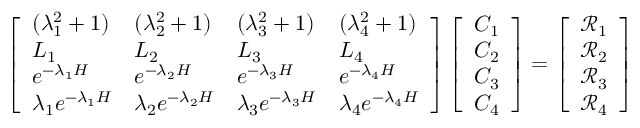
\left[ \begin{array} { l l l l } { ( \lambda _ { 1 } ^ { 2 } + 1 ) } & { ( \lambda _ { 2 } ^ { 2 } + 1 ) } & { ( \lambda _ { 3 } ^ { 2 } + 1 ) } & { ( \lambda _ { 4 } ^ { 2 } + 1 ) } \\ { L _ { 1 } } & { L _ { 2 } } & { L _ { 3 } } & { L _ { 4 } } \\ { e ^ { - \lambda _ { 1 } H } } & { e ^ { - \lambda _ { 2 } H } } & { e ^ { - \lambda _ { 3 } H } } & { e ^ { - \lambda _ { 4 } H } } \\ { \lambda _ { 1 } e ^ { - \lambda _ { 1 } H } } & { \lambda _ { 2 } e ^ { - \lambda _ { 2 } H } } & { \lambda _ { 3 } e ^ { - \lambda _ { 3 } H } } & { \lambda _ { 4 } e ^ { - \lambda _ { 4 } H } } \end{array} \right] \left[ \begin{array} { l } { C _ { 1 } } \\ { C _ { 2 } } \\ { C _ { 3 } } \\ { C _ { 4 } } \end{array} \right] = \left[ \begin{array} { l } { \mathscr { R } _ { 1 } } \\ { \mathscr { R } _ { 2 } } \\ { \mathscr { R } _ { 3 } } \\ { \mathscr { R } _ { 4 } } \end{array} \right]